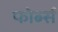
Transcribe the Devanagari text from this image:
फोर्ब्‍स